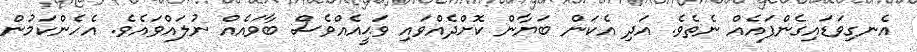
އެނގިވަޑައިގެންފައެއް ނެތެވެ. އަދި އެކަން ބަޔާން ކޮށްދެއްވައި ވަޙީއެއްވެސް ބާވައެއް ނުލައްވައެވެ. އެހެންކަމުން